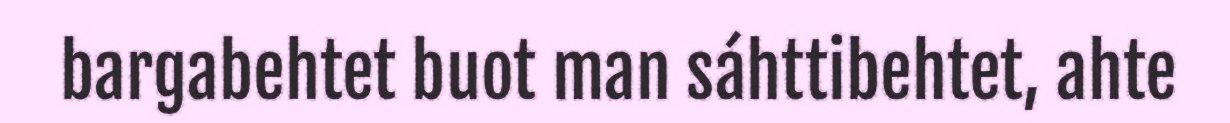
bargabehtet buot man sáhttibehtet, ahte